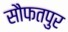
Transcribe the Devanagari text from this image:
सौफतपुर